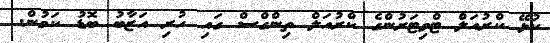
ކުޅޭ ކްރުއަލް ޓްވިޓަރުންގެ ކްރުއަލް ތިންގްސް ގައި ހުރި އަޒާބު ބޮޑު ކަމުން.